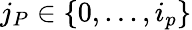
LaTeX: j_{P}\in\{ 0,...,i_{p}\}